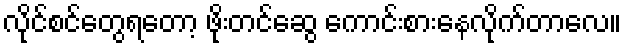
လိုင်စင်တွေရတော့ ဖိုးတင်ဆွေ ကောင်းစားနေလိုက်တာလေ။